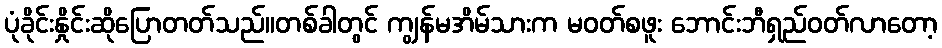
ပုံခိုင်းနှိုင်းဆိုပြောတတ်သည်။တစ်ခါတွင် ကျွန်မအိမ်သားက မဝတ်စဖူး ဘောင်းဘီရှည်ဝတ်လာတော့